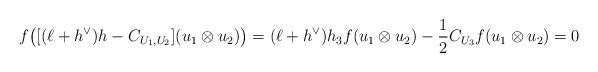
LaTeX: \begin{align*} f\big([(\ell+h^\vee)h-C_{U_1,U_2}](u_1\otimes u_2)\big)=(\ell+h^\vee)h_3 f(u_1\otimes u_2)-\frac{1}{2} C_{U_3} f(u_1\otimes u_2)=0\end{align*}